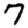
Digit: 7